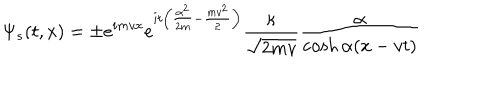
\Psi _ { s } ( t , x ) = \pm e ^ { i m v x } e ^ { i t \left( \frac { \alpha ^ { 2 } } { 2 m } - \frac { m v ^ { 2 } } { 2 } \right) } \frac { \kappa } { \sqrt { 2 m v } } \frac { \alpha } { \cosh \alpha ( x - v t ) }